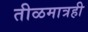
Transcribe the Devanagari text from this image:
तीळमात्रही